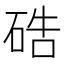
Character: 硞